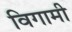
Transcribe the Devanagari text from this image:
विगामी